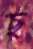
ছ